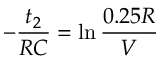
- \frac { t _ { 2 } } { R C } = \ln { \frac { 0 . 2 5 R } { V } }